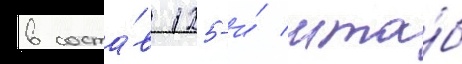
в соста́в 125-и́ мта́б